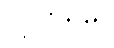
လိုင်းသည်